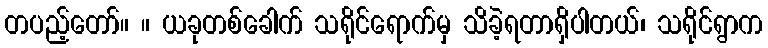
တပည့်တော်။ ။ ယခုတစ်ခေါက် သရိုင်ရောက်မှ သိခဲ့ရတာရှိပါတယ်၊ သရိုင်ရွာက